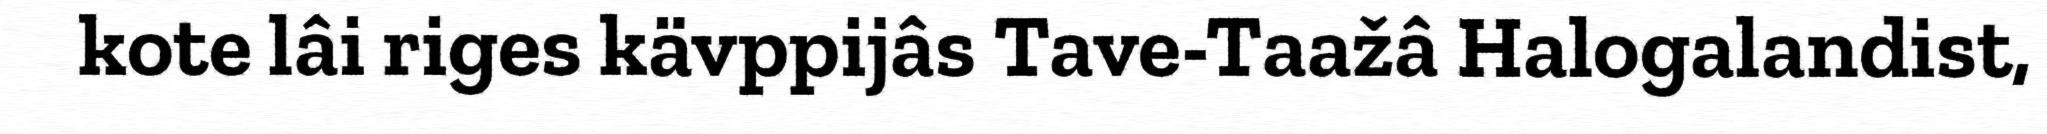
kote lâi riges kävppijâs Tave-Taažâ Halogalandist,